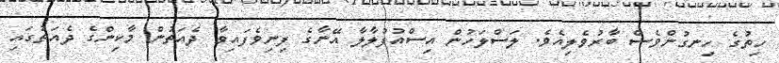
ހިތުގެ ހިނގުންވެސް ބާރުވެލިއެވެ. ލަސްލަހުން އިސްއުފުލާލާ އޭނާގެ ފިނިވެފައިވާ ދެއަތުން މާކިންގެ ދެއަތުގައި